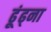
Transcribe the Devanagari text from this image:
ढूंढ्ना